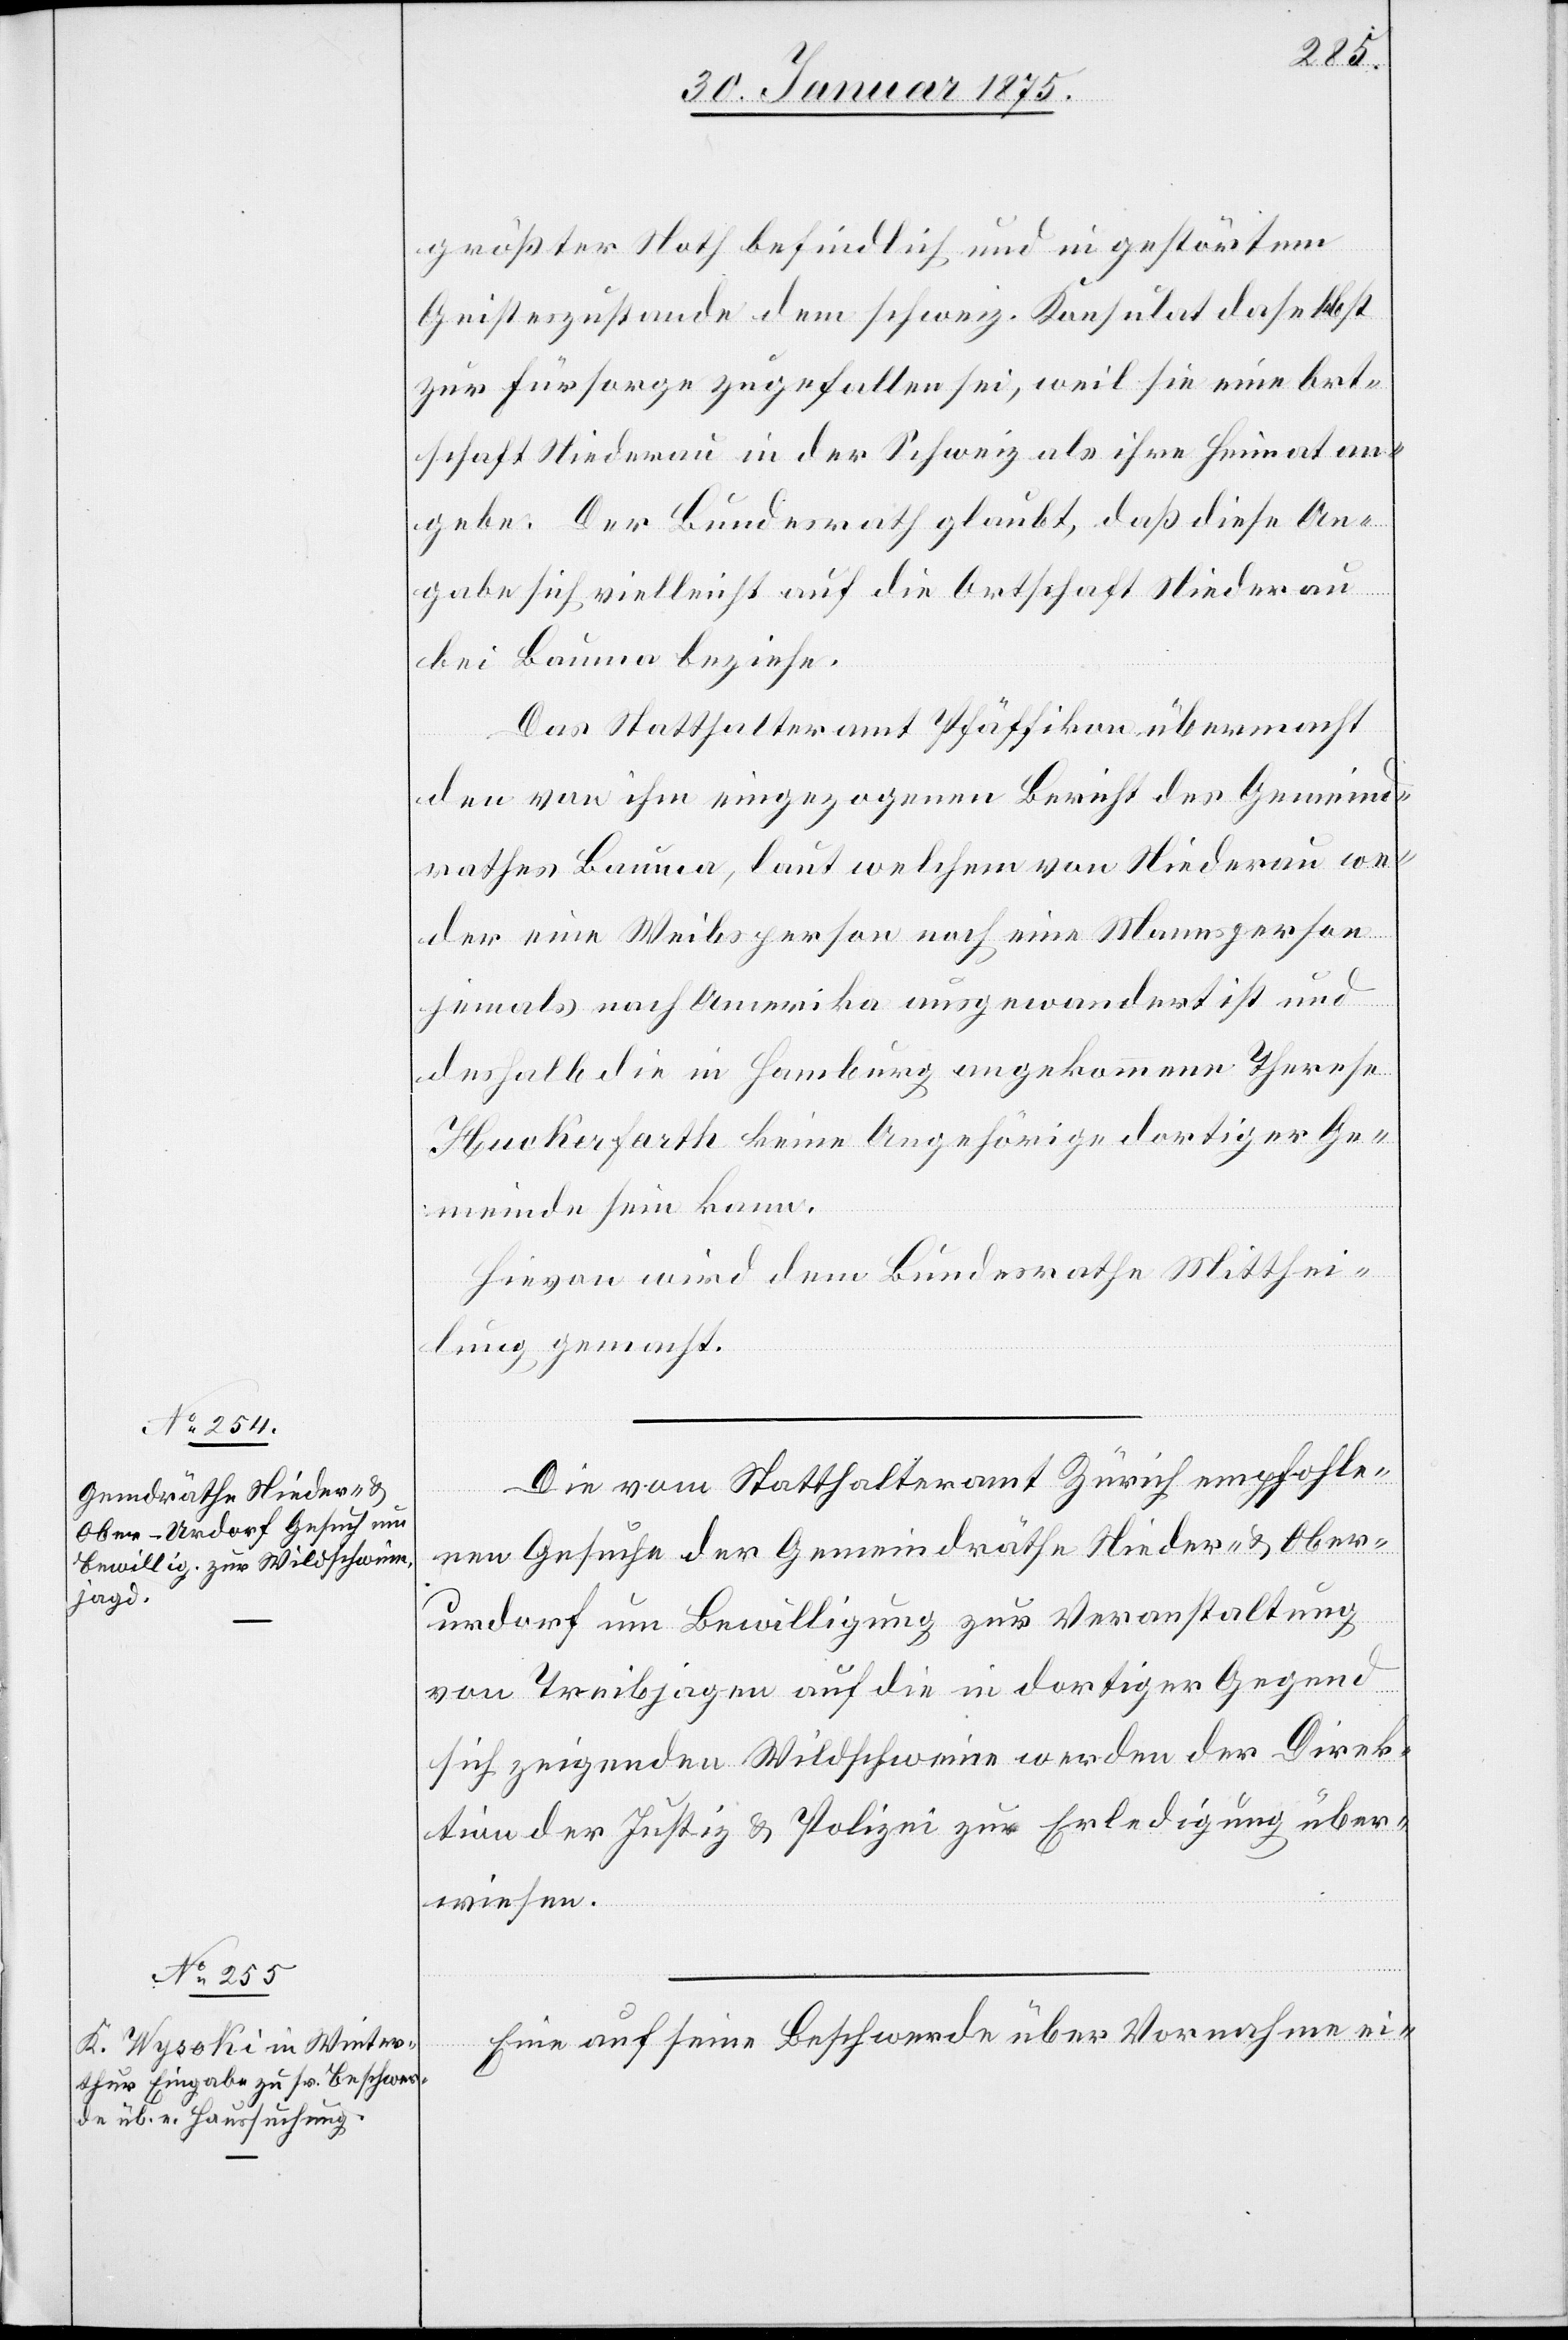
1875.]
5.
größter Noth befindlich und in gestörtem
Geisteszustande dem schweiz. Konsulat daselbst
zur Fürsorge zugefallen sei, weil sie eine Ort¬
schaft Niederau in der Schweiz als ihre Heimat an¬
gebe. Der Bundesrath glaubt, daß diese An¬
gabe sich vielleicht auf die Ortschaft Niederau
bei Bauma beziehe.
Das Statthalteramt Pfäffikon übermacht
den von ihm eingezogenen Bericht des Gemeind¬
rathes Bauma, laut welchem von Niederau we¬
der eine Weibsperson noch eine Mannsperson
jemals nach Amerika ausgewandert ist und
deshalb die in Hamburg angekommene Therese
[sic!] keine Angehörige dortiger Ge¬
meinde sein kann.
Hievon wird dem Bundesrathe Mitthei¬
lung gemacht.
Die vom Statthalteramt Zürich empfohle¬
nen Gesuche der Gemeindrathe Nieder- & Ober¬
urdorf um Bewilligung zur Veranstaltung
von Treibjagden auf die in dortiger Gegen
sich zeigenden Wildscheine werden der Direk¬
tion der Justiz & Polizei zur Erledigung über¬
wiesen.
Eine auf seine Beschwerde über Vornahme ei-